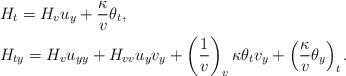
LaTeX: \begin{align*}&H_t=H_v u_y + \frac{\kappa}{v}\theta_t,\\&H_{ty}=H_v u_{yy} + H_{vv}u_y v_y+ \left(\frac{1}{v}\right)_v\kappa\theta_t v_y + \left(\frac{\kappa}{v}\theta_y\right)_t.\end{align*}